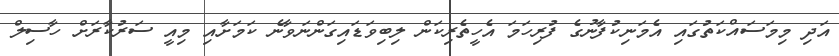
އަދި މިމަސައްކަތުގައި އެމަނިކުފާނުގެ ފުރިހަމަ އެހީތެރިކަން ލިބިވަޑައިގަންނަވާނެ ކަމަށާއި މިއީ ސަރުކާރަށް ހާސިލް